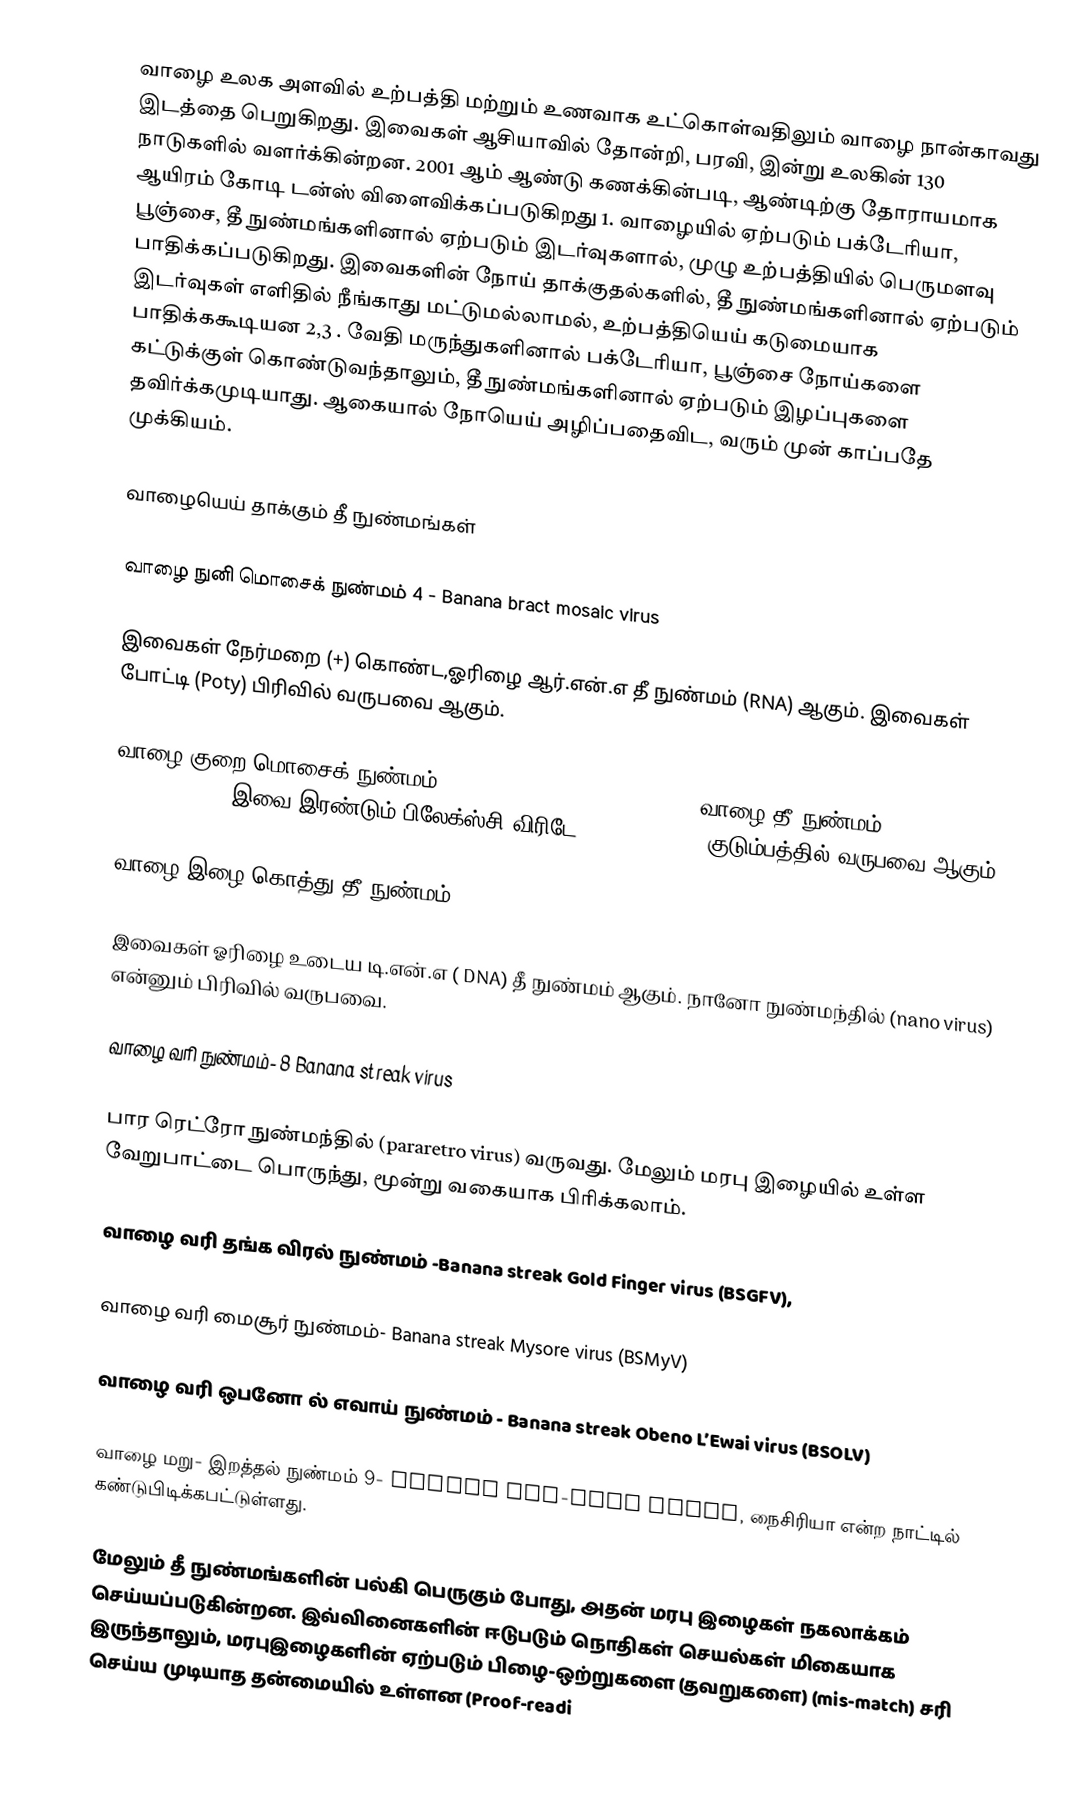
வாழை உலக அளவில் உற்பத்தி மற்றும் உணவாக உட்கொள்வதிலும் வாழை நான்காவது இடத்தை பெறுகிறது. இவைகள் ஆசியாவில் தோன்றி, பரவி, இன்று உலகின் 130 நாடுகளில் வளர்க்கின்றன. 2001 ஆம் ஆண்டு கணக்கின்படி, ஆண்டிற்கு  தோராயமாக ஆயிரம் கோடி டன்ஸ் விளைவிக்கப்படுகிறது 1.  வாழையில் ஏற்படும் பக்டேரியா, பூஞ்சை, தீ நுண்மங்களினால் ஏற்படும் இடர்வுகளால், முழு உற்பத்தியில் பெருமளவு பாதிக்கப்படுகிறது. இவைகளின் நோய் தாக்குதல்களில், தீ நுண்மங்களினால் ஏற்படும் இடர்வுகள் எளிதில் நீங்காது மட்டுமல்லாமல், உற்பத்தியெய் கடுமையாக  பாதிக்ககூடியன 2,3 . வேதி மருந்துகளினால் பக்டேரியா, பூஞ்சை நோய்களை கட்டுக்குள் கொண்டுவந்தாலும்,  தீ நுண்மங்களினால்  ஏற்படும் இழப்புகளை தவிர்க்கமுடியாது. ஆகையால் நோயெய் அழிப்பதைவிட, வரும் முன் காப்பதே முக்கியம்.

வாழையெய் தாக்கும் தீ நுண்மங்கள்

வாழை நுனி மொசைக் நுண்மம் 4 -   Banana bract mosaic virus

இவைகள் நேர்மறை (+) கொண்ட,ஓரிழை ஆர்.என்.எ தீ நுண்மம்  (RNA) ஆகும். இவைகள் போட்டி (Poty) பிரிவில் வருபவை ஆகும்.

வாழை குறை மொசைக் நுண்மம் 5 -  Banana mild mosaic virus , வாழை தீ நுண்மம் X 6-   Banana virus X (BVX) இவை இரண்டும் பிலேக்ஸ்சி விரிடே (Flexiviridae)  குடும்பத்தில் வருபவை ஆகும்.

வாழை இழை கொத்து  தீ நுண்மம் 7-   Banana bunchy top virus

இவைகள் ஓரிழை உடைய டி.என்.எ  ( DNA) தீ நுண்மம் ஆகும். நானோ நுண்மந்தில் (nano virus) என்னும் பிரிவில் வருபவை.

வாழை வரி நுண்மம்- 8  Banana streak virus

பார ரெட்ரோ நுண்மந்தில் (pararetro virus)  வருவது.  மேலும் மரபு இழையில் உள்ள வேறுபாட்டை  பொருந்து, மூன்று வகையாக பிரிக்கலாம்.

வாழை வரி தங்க விரல் நுண்மம்      -Banana streak Gold Finger virus (BSGFV),

வாழை வரி மைசூர் நுண்மம்-   Banana streak Mysore virus (BSMyV)

வாழை வரி ஒபனோ ல் எவாய் நுண்மம் -      Banana streak Obeno L’Ewai virus (BSOLV)

வாழை மறு- இறத்தல் நுண்மம் 9-      Banana die-back virus,    நைசிரியா என்ற நாட்டில் கண்டுபிடிக்கபட்டுள்ளது.

மேலும் தீ நுண்மங்களின் பல்கி பெருகும் போது, அதன் மரபு இழைகள் நகலாக்கம் செய்யப்படுகின்றன. இவ்வினைகளின் ஈடுபடும் நொதிகள் செயல்கள் மிகையாக இருந்தாலும், மரபுஇழைகளின் ஏற்படும் பிழை-ஒற்றுகளை  (தவறுகளை) (mis-match) சரி செய்ய முடியாத தன்மையில் உள்ளன (Proof-readi